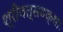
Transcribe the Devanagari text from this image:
श्रीवत्सवक्षाः